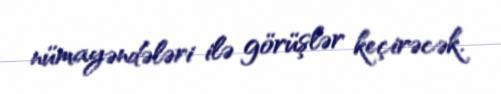
nümayəndələri ilə görüşlər keçirəcək.